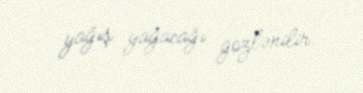
yağış yağacağı gözlənilir.